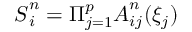
\boldsymbol { S } _ { i } ^ { n } = \Pi _ { j = 1 } ^ { p } \boldsymbol { A } _ { i j } ^ { n } ( \xi _ { j } )